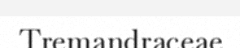
Tremandraceae